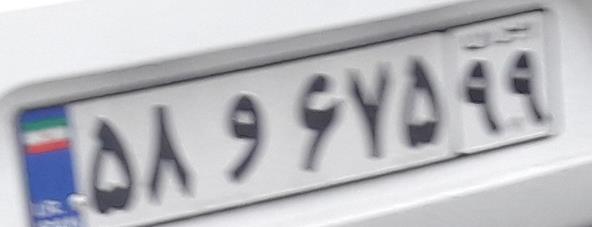
۵۸و۶۷۵۹۹